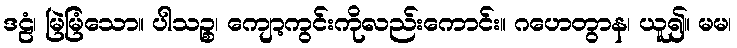
ဒဠံ၊ မြဲမြံသော။ ပါသဉ္စ၊ ကျော့ကွင်းကိုလည်းကောင်း။ ဂဟေတွာန၊ ယူ၍။ မမ၊